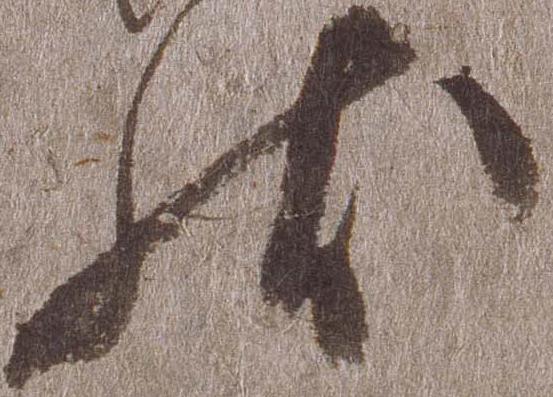
状